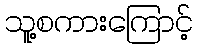
သူ့စကားကြောင့်